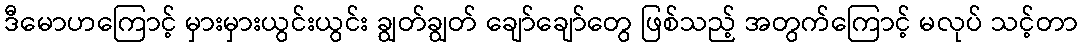
ဒီမောဟကြောင့် မှားမှားယွင်းယွင်း ချွတ်ချွတ် ချော်ချော်တွေ ဖြစ်သည့် အတွက်ကြောင့် မလုပ် သင့်တာ